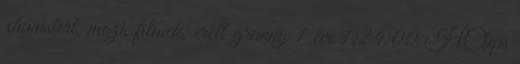
xhamstert, mozi, filmek, erett granny 1 éve 1:24:00 HClips